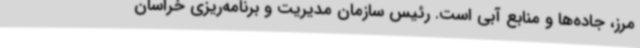
مرز، جاده‌ها و منابع آبی است. رئیس سازمان مدیریت و برنامه‌ریزی خراسان